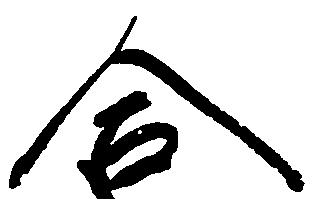
合